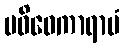
ပဝိဝေကာရာမံ